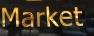
market